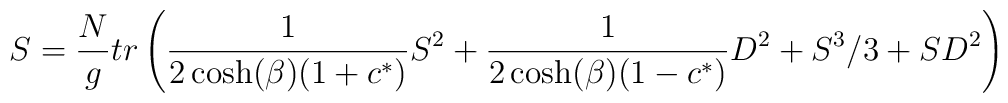
S =  { N \over g} tr \left( {1 \over 2 \cosh (\beta) (1 + c^*)} S^2 + { 1 \over2 \cosh( \beta) ( 1 - c^*)} D^2+ S^3 / 3 + S D^2 \right)